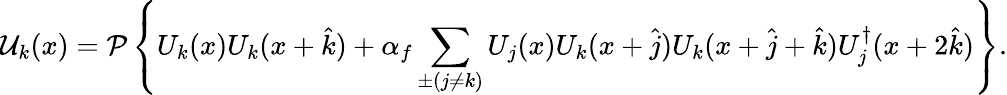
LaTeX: {\cal U}_{k}(x)={\cal P}\left\{ U_{k}(x)U_{k}(x+\hat{k})+\alpha_{f}\sum_{\pm(j\neq k)}U_{j}(x)U_{k}(x+\hat{j})U_{k}(x+\hat{j}+\hat{k})U_{j}^{\dagger}(x+2\hat{k})\right\} .